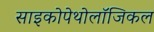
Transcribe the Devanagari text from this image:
साइकोपेथोलॉजिकल